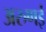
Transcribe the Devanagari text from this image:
अरुणई